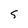
Character: S